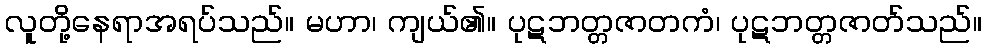
လူတို့နေရာအရပ်သည်။ မဟာ၊ ကျယ်၏။ ပုဋဘတ္တဇာတကံ၊ ပုဋဘတ္တဇာတ်သည်။